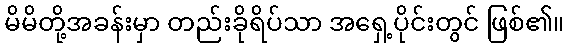
မိမိတို့အခန်းမှာ တည်းခိုရိပ်သာ အရှေ့ပိုင်းတွင် ဖြစ်၏။